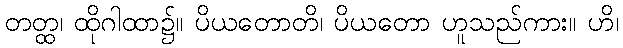
တတ္ထ၊ ထိုဂါထာ၌။ ပိယတောတိ၊ ပိယတော ဟူသည်ကား။ ဟိ၊